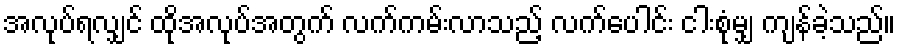
အလုပ်ရလျှင် ထိုအလုပ်အတွက် လက်ကမ်းလာသည့် လက်ပေါင်း ငါးစုံမျှ ကျန်ခဲ့သည်။